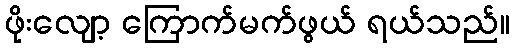
ဖိုးလျော့ ကြောက်မက်ဖွယ် ရယ်သည်။